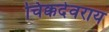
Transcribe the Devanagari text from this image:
चिक्कदेवराय